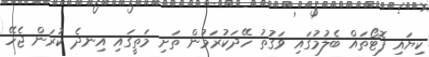
ކިޔައި ފޮޓޯތައް ބެލުމުގައި ވަގުތު ހޭދަކުރަމުން ތަށި މަތީގައި އިނދެ ކުރަން ޖެހޭ